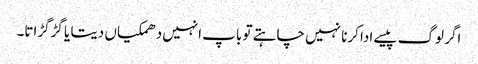
اگر لوگ پیسے ادا کرنا نہیں چاہتے تو باپ انہیں دھمکیاں دیتا یا گڑگڑاتا۔